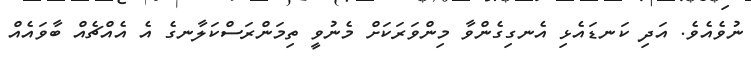
ނުވެއެވެ. އަދި ކަނޑައެޅި އެނގިގެންވާ މިންވަރަކަށް މެނުވީ ތިމަންރަސްކަލާނގެ އެ އެއްޗެއް ބާވައެއް